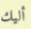
أليك